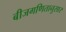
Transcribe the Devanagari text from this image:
बीजगणितानुसार